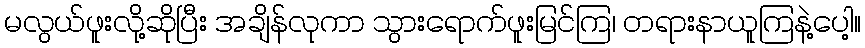
မလွယ်ဖူးလို့ဆိုပြီး အချိန်လုကာ သွားရောက်ဖူးမြင်ကြ၊ တရားနာယူကြနဲ့ပေါ့။